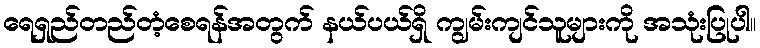
ရေရှည်တည်တံ့စေရန်အတွက် နယ်ပယ်ရှိ ကျွမ်းကျင်သူများကို အသုံးပြုပါ။